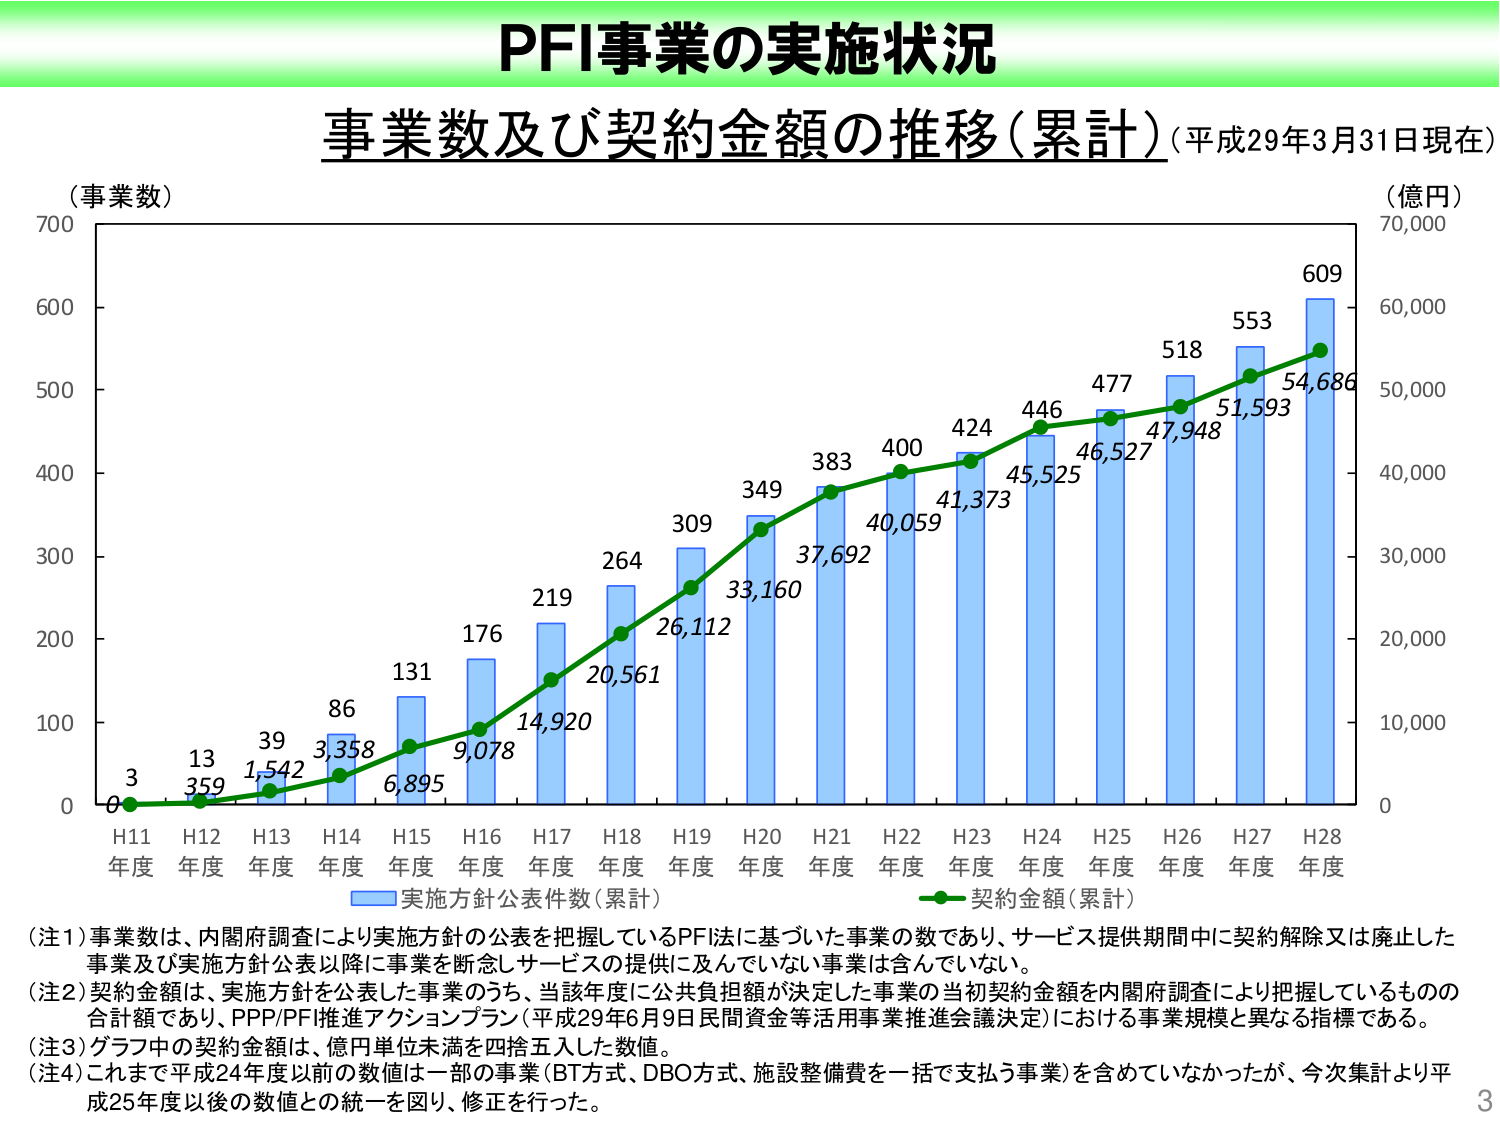
PFI事業の実施状況
事業数及び契約金額の推移（累計）（平成29年3月31日現在）
（事業数）
700
600
500
400
300
200
100
0
H11 年度
H12 年度
H13 年度
H14 年度
H15 年度
H16 年度
H17 年度
H18 年度
H19 年度
H20 年度
H21 年度
H22 年度
H23 年度
H24 年度
H25 年度
H26 年度
H27 年度
H28 年度
3
13
39
86
131
176
219
264
309
349
383
400
424
446
477
518
553
609
359
1,542
3,358
6,895
9,078
14,920
20,561
26,112
33,160
37,692
40,059
41,373
45,525
46,527
47,948
51,593
54,686
（億円）
70,000
60,000
50,000
40,000
30,000
20,000
10,000
0
実施方針公表件数（累計）
契約金額（累計）
（注1）事業数は、内閣府調査により実施方針の公表を把握しているPFI法に基づいた事業の数であり、サービス提供期間中に契約解除又は廃止した事業及び実施方針公表以降に事業を断念しサービスの提供に及んでいない事業は含んでいない。
（注2）契約金額は、実施方針を公表した事業のうち、当該年度に公共負担額が決定した事業の当初契約金額を内閣府調査により把握しているものの合計額であり、PPP/PFI推進アクションプラン（平成29年6月9日民間資金等活用事業推進会議決定）における事業規模と異なる指標である。
（注3）グラフ中の契約金額は、億円単位未満を四捨五入した数値。
（注4）これまで平成24年度以前の数値は一部の事業（BT方式、DBO方式、施設整備費を一括で支払う事業）を含めていなかったが、今次集計より平成25年度以後の数値との統一を図り、修正を行った。
3